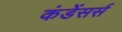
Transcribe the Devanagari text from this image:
कंडेंसर्स